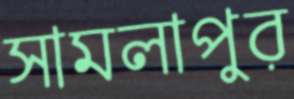
সামলাপুর